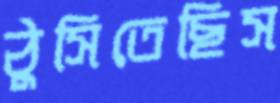
ঠুসিতেছিস